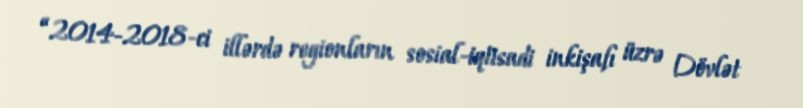
“2014-2018-ci illərdə regionların sosial-iqtisadi inkişafı üzrə Dövlət